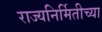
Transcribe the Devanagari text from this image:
राज्यनिर्मितीच्या